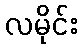
လမိုင်း